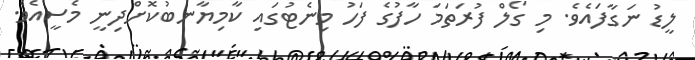
ލީޑު ނަގާފައެވެ. މި ގޯލް ފުރަތަމަ ހާފުގެ ފަހު މިނެޓުގައި ކާމިޔާނބުކޮށްދިނީ މެސީއެވެ.